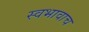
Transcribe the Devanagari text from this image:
स्वभावाच